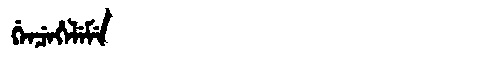
Manchu: ᡤᡝᠨᠴᡝᡥᡝᠯᡝᠮᡝ
Romanization: GENCEHELEME